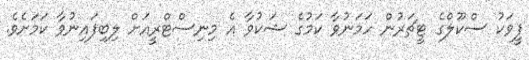
ފީވަކު ސްކޫލްގެ ޓީޗަރުން ހަމަނުވާ ކަމުގެ ޝަކުވާ އެ މިނިސްޓްރީއަށް ލިބިފައިނުވާ ކަމަށެވެ.